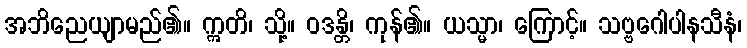
အဘိညေယျာမည်၏။ ဣတိ၊ သို့။ ဝဒန္တိ၊ ကုန်၏။ ယသ္မာ၊ ကြောင့်။ သဗ္ဗဂေါပါနသီနံ၊